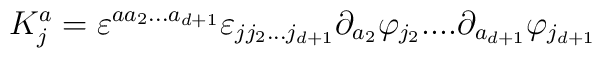
K^{a}_{j} = \varepsilon^{a a_{2}...a_{d+1}}\varepsilon_{j j_{2}...j_{d+1}}   \partial_{a_{2}} \varphi_{j_{2}}....\partial_{a_{d+1}} \varphi_{j_{d+1}}